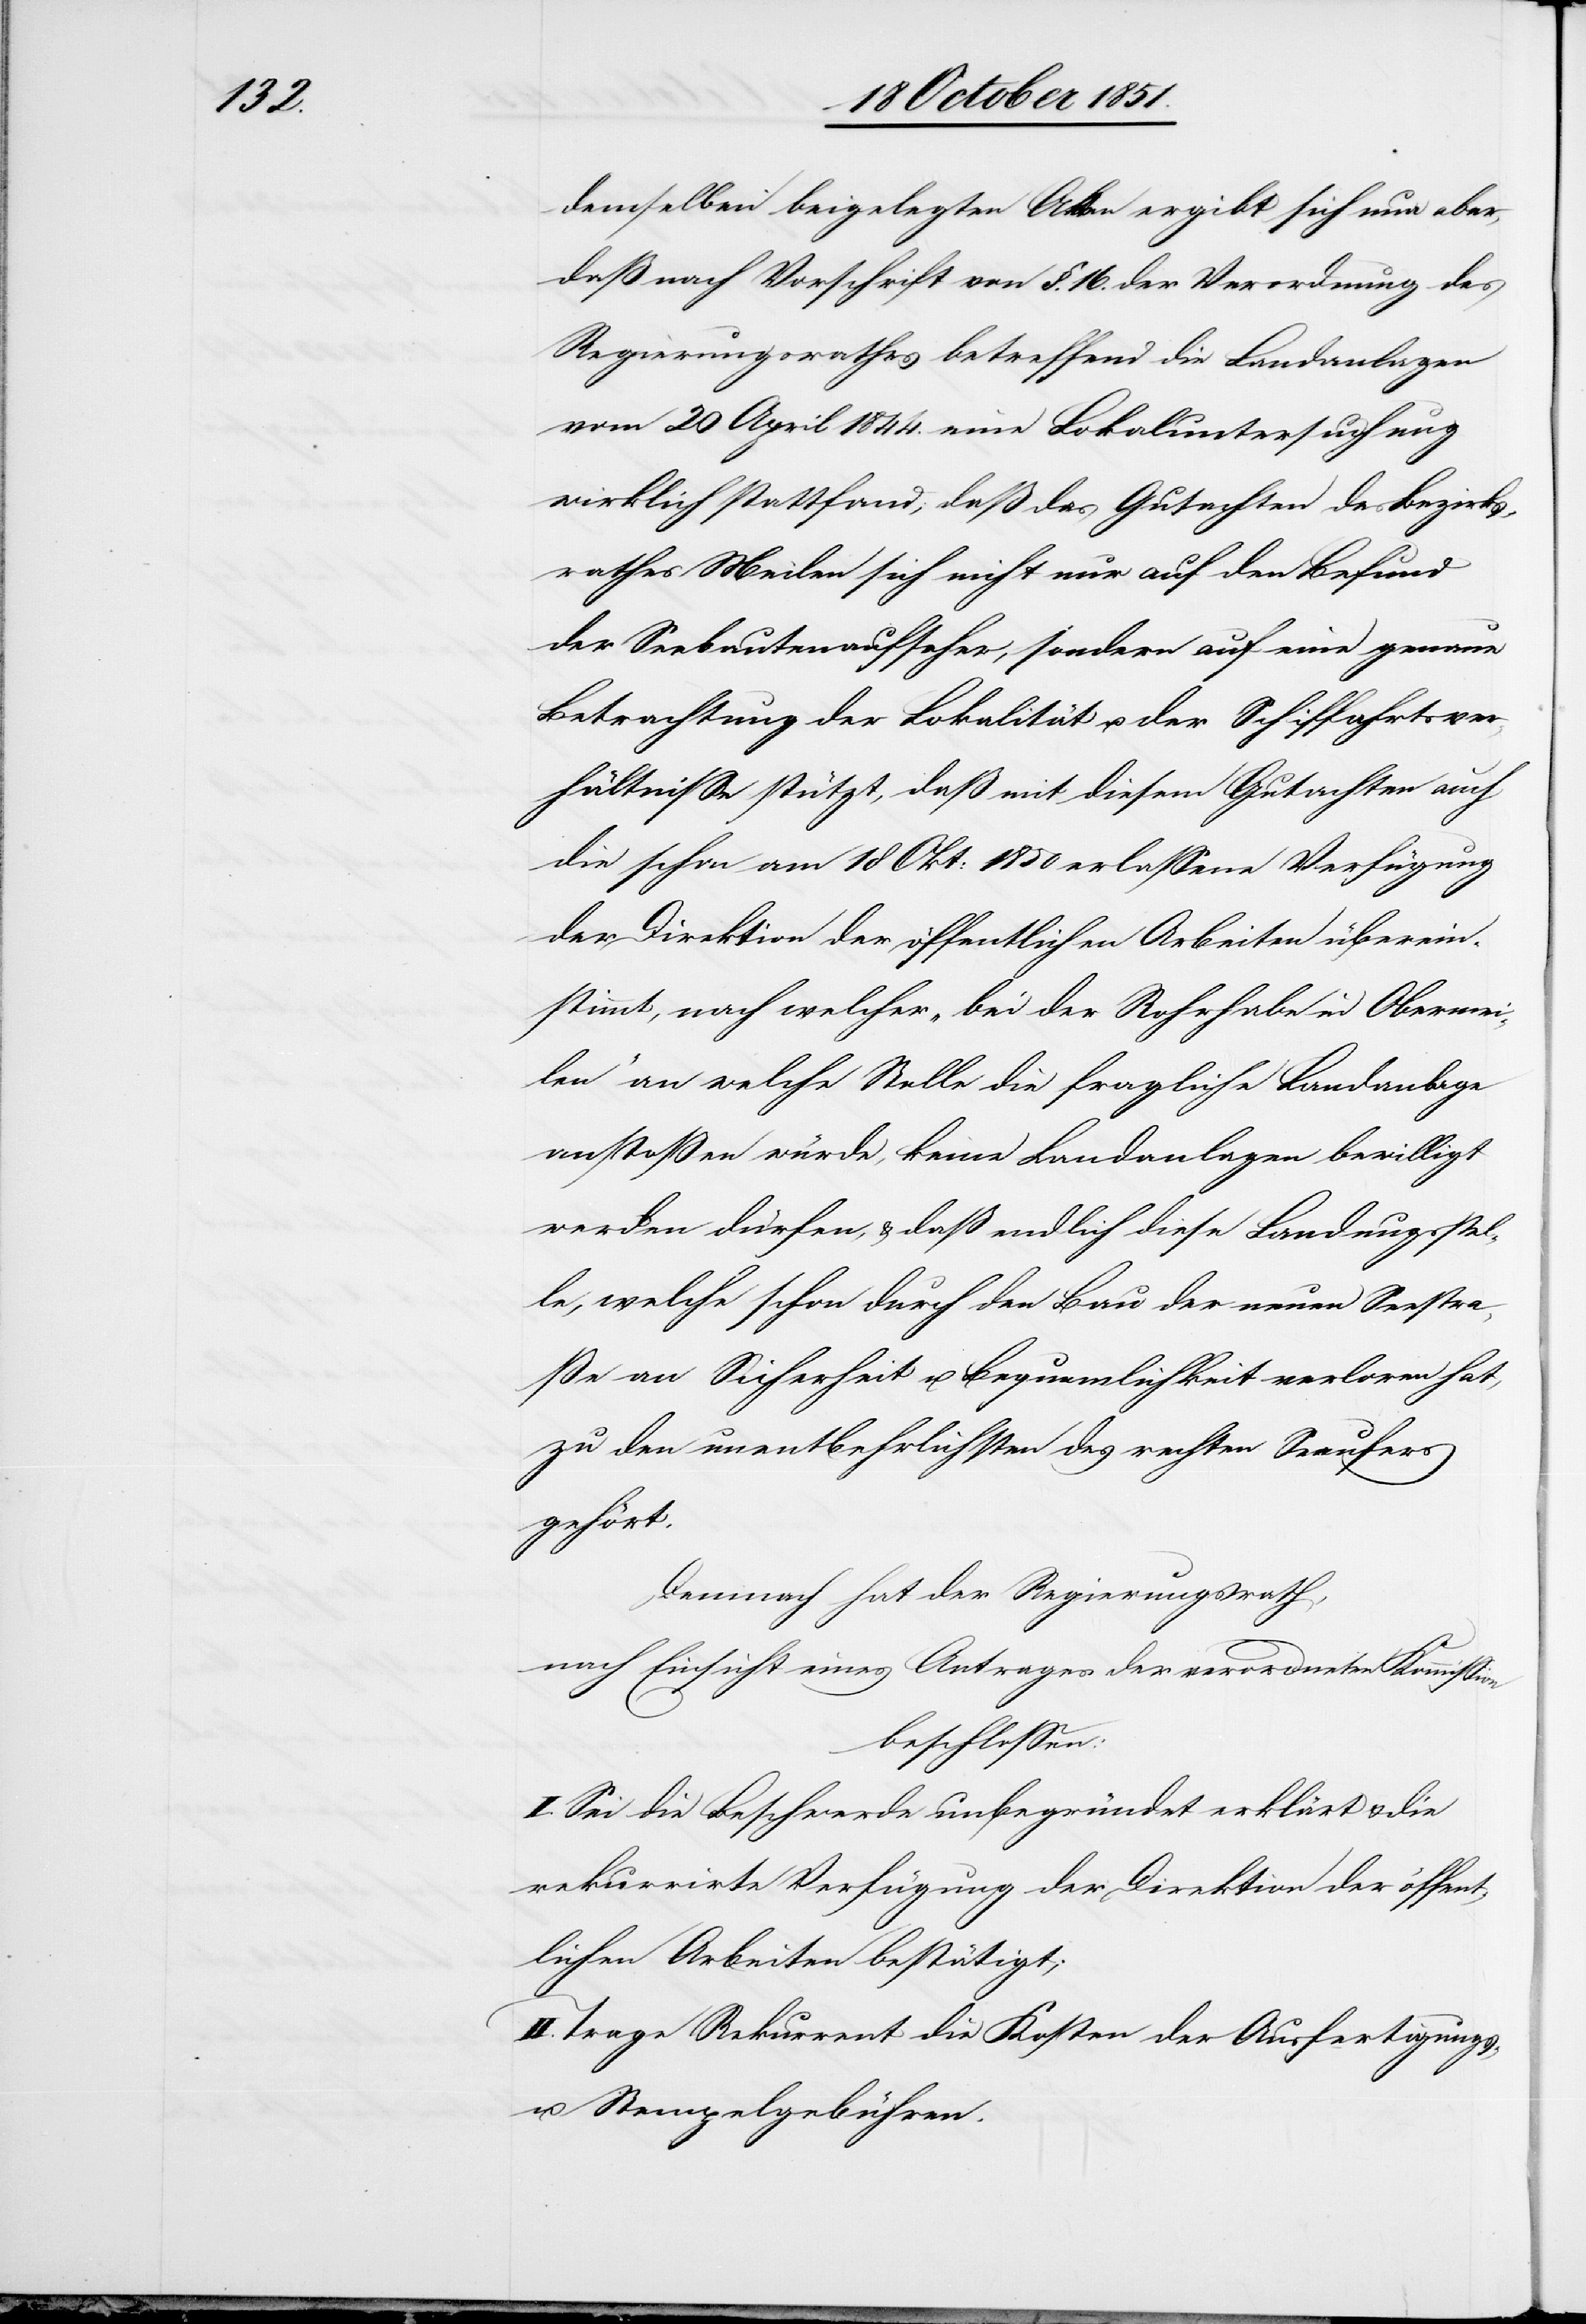
demselben beigelegten Akten ergibt sich nun aber,
daß nach Vorschrift von §. 16. der Verordnung des
Regierungsrathes betreffend die Landanlagen
vom 20 April 1844. eine Lokaluntersuchung
wirklich stattfand; daß das Gutachten des Bezirks¬
rathes Meilen sich nicht nur auf den Befund
der Seebautenaufseher, sondern auf eine genaue
Betrachtung der Lokalität u. der Schiffahrtsver¬
hältnisse stützt, daß mit diesem Gutachten auch
die schon am 18 Okt: 1850 erlassene Verfügung
der Direktion der öffentlichen Arbeiten überein¬
stimmt, nach welcher „bei der Rohrhabe in Obermei¬
len“ an welche Stelle die fragliche Landanlage
anstoßen würde, keine Landanlagen bewilligt
werden dürfen, & daß endlich diese Landungsstel¬
le, welche schon durch den Bau der neuen Seestra¬
ße an Sicherheit u. Bequemlichkeit verloren hat,
zu den unentbehrlichsten des rechten Seeufers
gehört.
Demnach hat der Regierungsrath,
nach Einsicht eines Antrages der verordneten Kommission
beschlossen:
I. Sei die Beschwerde unbegründet erklärt & die
rekurrirte Verfügung der Direktion der öffent¬
lichen Arbeiten bestätigt;
II. Trage Rekurrent die Kosten der Ausfertigungs-
u. Stempelgebühren.